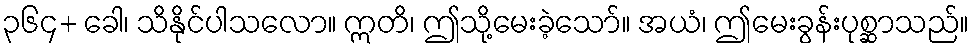
၃၆၄+ ခေါ၊ သိနိုင်ပါသလော။ ဣတိ၊ ဤသို့မေးခဲ့သော်။ အယံ၊ ဤမေးခွန်းပုစ္ဆာသည်။